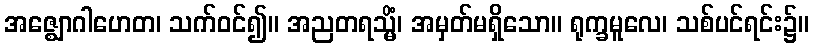
အဇ္ဈောဂါဟေတ၊ သက်ဝင်၍။ အညတရသ္မိံ၊ အမှတ်မရှိသော။ ရုက္ခမူလေ၊ သစ်ပင်ရင်း၌။